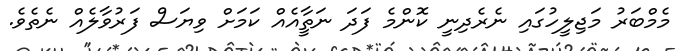
މެމްބަރު މަޖިލީހުގައި ނެރެދިނީ ކޮންމެ ފަދަ ނަތީާއެއް ކަމަށް ވިޔަސް ފަރުވާލެއް ނެތެވެ.